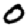
Digit: 0